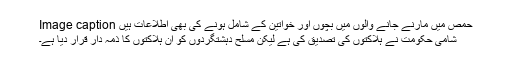
Image caption حمص میں مارنے جانے والوں میں بچوں اور خواتین کے شامل ہونے کی بھی اطلاعات ہیں
شامی حکومت نے ہلاکتوں کی تصدیق کی ہے لیکن مسلح دہشتگردوں کو ان ہلاکتوں کا ذمہ دار قرار دیا ہے۔